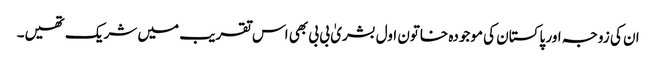
ان کی زوجہ اور پاکستان کی موجودہ خاتون اول بشریٰ بی بی بھی اس تقریب میں شریک تھیں۔